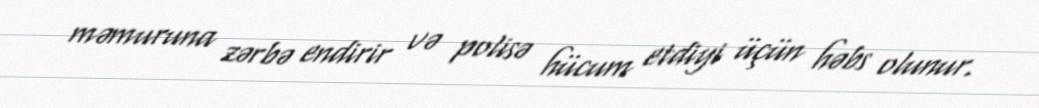
məmuruna zərbə endirir və polisə hücum etdiyi üçün həbs olunur.